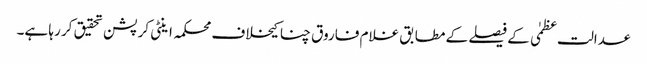
عدالت عظمٰی کے فیصلے کے مطابق غلام فاروق چنا کیخلاف محکمہ اینٹی کرپشن تحقیق کر رہا ہے۔